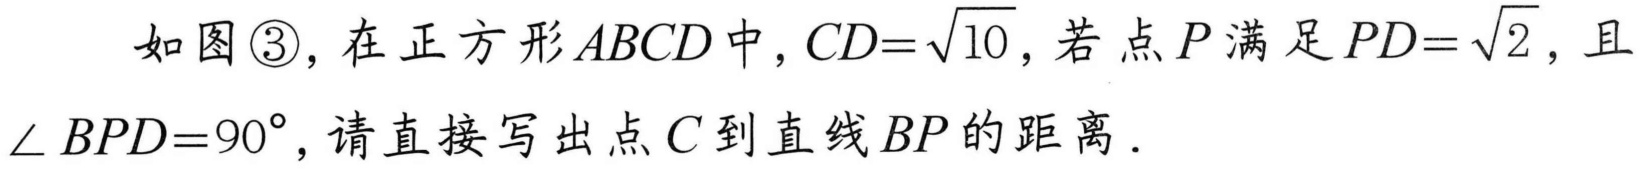
如图\textcircled{3},在正方形$ABCD$中,$CD = \sqrt{10}$,若点$P$满足$PD = \sqrt{2}$,且$\angle BPD = 90^{\circ}$,请直接写出点$C$到直线$BP$的距离．